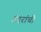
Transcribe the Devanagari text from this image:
उंदरांची